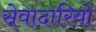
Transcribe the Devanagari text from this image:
सेवादारियों